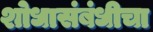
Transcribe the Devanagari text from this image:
शोधासंबंधीचा